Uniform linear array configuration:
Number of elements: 24
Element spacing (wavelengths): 0.75
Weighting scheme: exponential
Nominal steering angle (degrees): -15
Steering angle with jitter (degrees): -14.816
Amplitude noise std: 0.05
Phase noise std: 0.05

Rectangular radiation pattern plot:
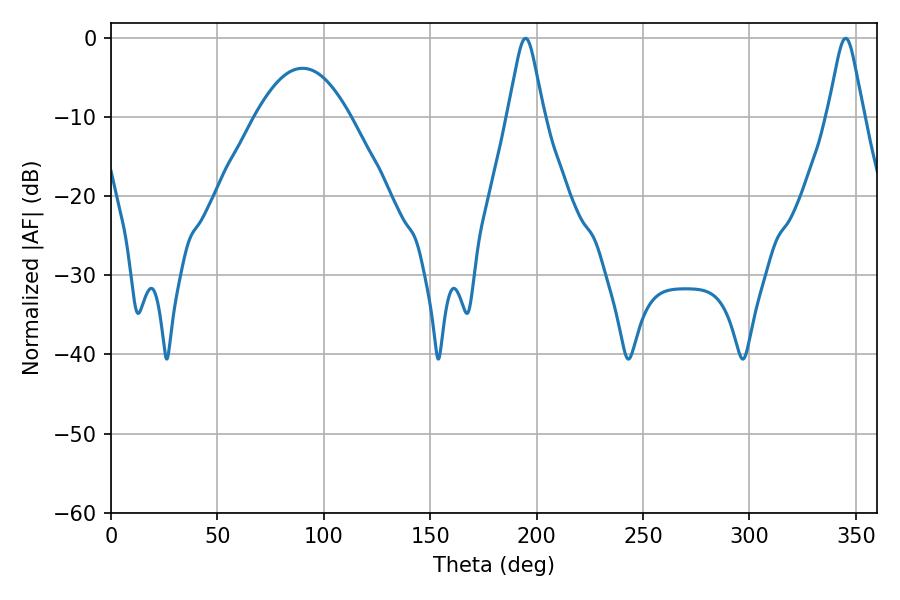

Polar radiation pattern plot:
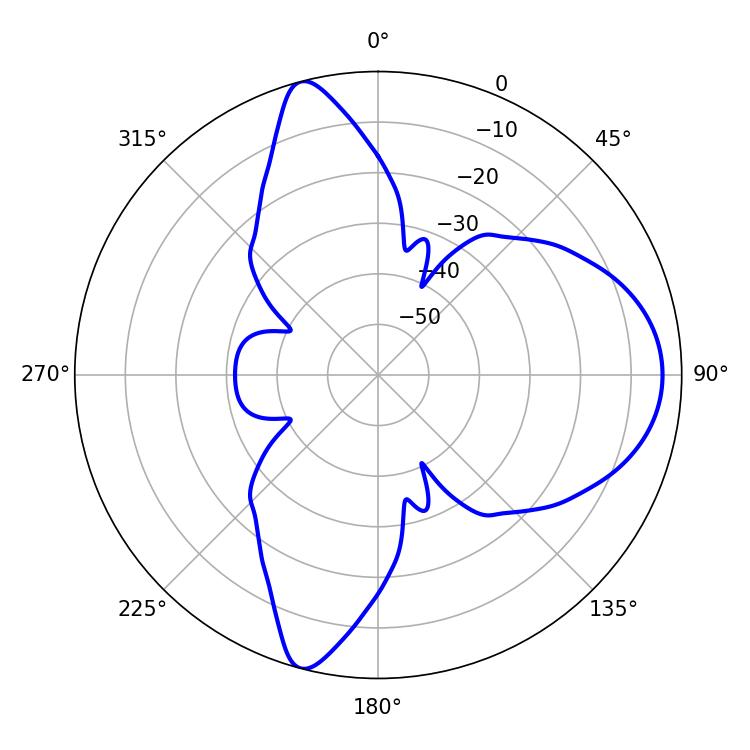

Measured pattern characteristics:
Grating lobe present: TRUE
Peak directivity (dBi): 11.146
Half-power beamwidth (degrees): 7.92
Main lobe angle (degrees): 194.76